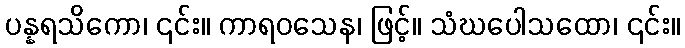
ပန္နရသိကော၊ ၎င်း။ ကာရဝသေန၊ ဖြင့်။ သံဃပေါသထော၊ ၎င်း။